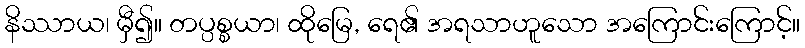
နိဿာယ၊ မှီ၍။ တပ္ပစ္စယာ၊ ထိုမြေ, ရေ၏ အရသာဟူသော အကြောင်းကြောင့်။